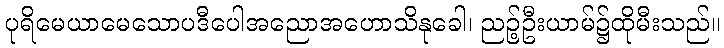
ပုရိမေယာမေသောပဒီပေါအညောအဟောသိနုခေါ၊ ညဉ့်ဦးယာမ်၌ထိုမီးသည်။